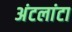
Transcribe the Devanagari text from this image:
अंटलांटा